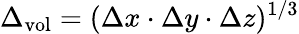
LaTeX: \Delta_{\mathrm{vol}}=(\Delta x\cdot\Delta y\cdot\Delta z)^{1/3}